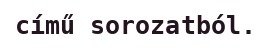
című sorozatból.